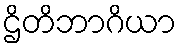
ဌိတိဘာဂိယာ